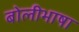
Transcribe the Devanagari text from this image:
बाेलीभाषा